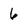
Character: 6